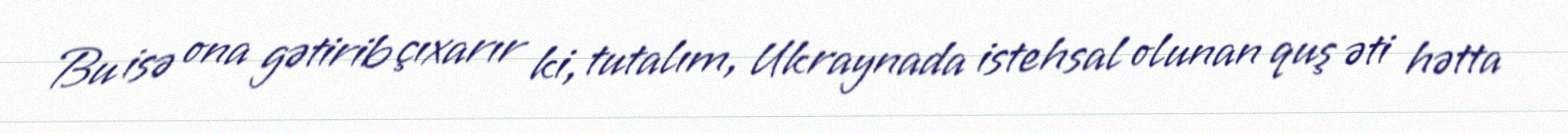
Bu isə ona gətirib çıxarır ki, tutalım, Ukraynada istehsal olunan quş əti hətta